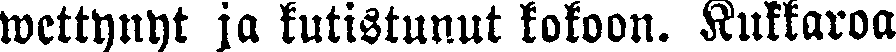
wettynyt ja kutistunut kokoon. Kukkaroa